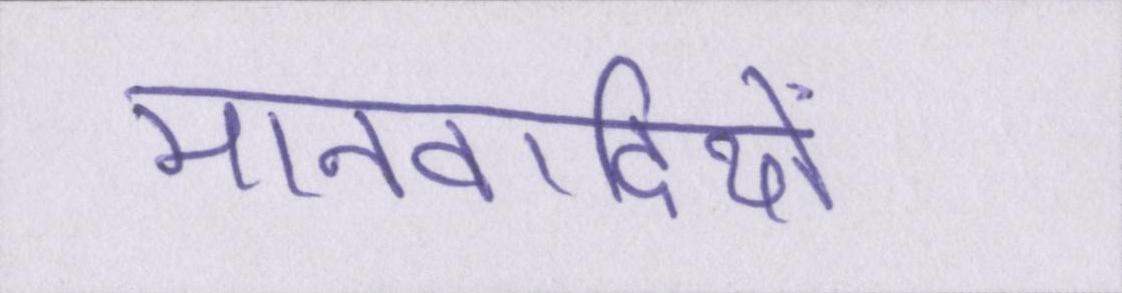
मानवादियों